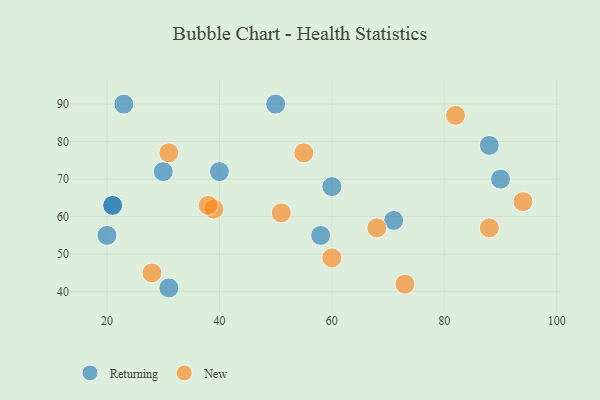
{"axis": {"x": "GDP", "y": "Life Expectancy"}, "legend": ["New", "Returning"], "data": [{"x": "71", "y": 59, "type": "Returning"}, {"x": "50", "y": 90, "type": "Returning"}, {"x": "88", "y": 79, "type": "Returning"}, {"x": "60", "y": 68, "type": "Returning"}, {"x": "30", "y": 72, "type": "Returning"}, {"x": "21", "y": 63, "type": "Returning"}, {"x": "21", "y": 63, "type": "Returning"}, {"x": "31", "y": 41, "type": "Returning"}, {"x": "23", "y": 90, "type": "Returning"}, {"x": "20", "y": 55, "type": "Returning"}, {"x": "40", "y": 72, "type": "Returning"}, {"x": "90", "y": 70, "type": "Returning"}, {"x": "58", "y": 55, "type": "Returning"}, {"x": "55", "y": 77, "type": "New"}, {"x": "88", "y": 57, "type": "New"}, {"x": "39", "y": 62, "type": "New"}, {"x": "82", "y": 87, "type": "New"}, {"x": "60", "y": 49, "type": "New"}, {"x": "31", "y": 77, "type": "New"}, {"x": "73", "y": 42, "type": "New"}, {"x": "68", "y": 57, "type": "New"}, {"x": "38", "y": 63, "type": "New"}, {"x": "28", "y": 45, "type": "New"}, {"x": "94", "y": 64, "type": "New"}, {"x": "51", "y": 61, "type": "New"}]}